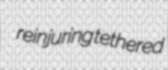
reinjuring tethered